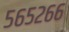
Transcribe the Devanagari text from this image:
५६५२६६